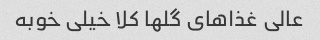
عالی غذاهای گلها کلا خیلی خوبه